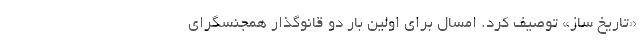
«تاریخ ساز» توصیف کرد. امسال برای اولین بار دو قانوگذار همجنسگرای